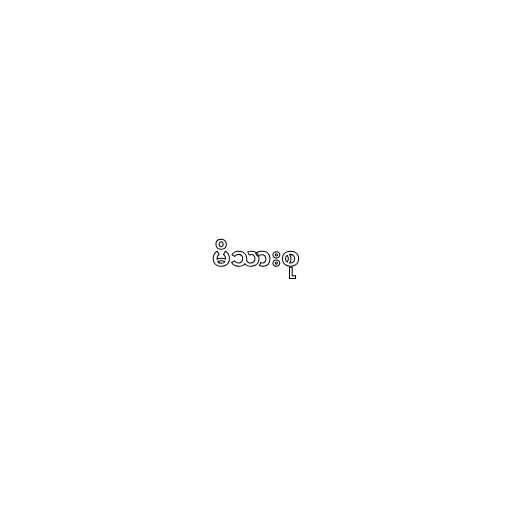
မိသားစု